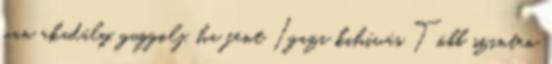
van akadály, guggolj, ha fent Igazi kihívás Több szinten